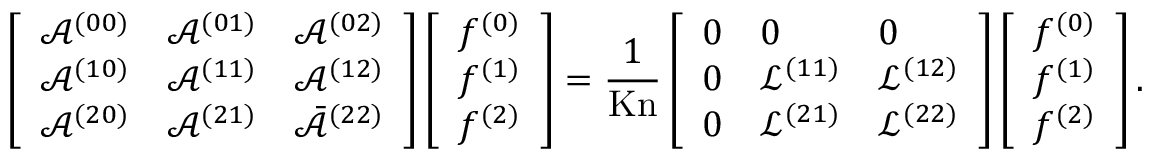
\left[ \begin{array} { l l l } { \mathcal { A } ^ { ( 0 0 ) } } & { \mathcal { A } ^ { ( 0 1 ) } } & { \mathcal { A } ^ { ( 0 2 ) } } \\ { \mathcal { A } ^ { ( 1 0 ) } } & { \mathcal { A } ^ { ( 1 1 ) } } & { \mathcal { A } ^ { ( 1 2 ) } } \\ { \mathcal { A } ^ { ( 2 0 ) } } & { \mathcal { A } ^ { ( 2 1 ) } } & { \bar { \mathcal { A } } ^ { ( 2 2 ) } } \end{array} \right] \left[ \begin{array} { l } { f ^ { ( 0 ) } } \\ { f ^ { ( 1 ) } } \\ { f ^ { ( 2 ) } } \end{array} \right] = \frac { 1 } { \mathrm { K n } } \left[ \begin{array} { l l l } { 0 } & { 0 } & { 0 } \\ { 0 } & { \mathcal { L } ^ { ( 1 1 ) } } & { \mathcal { L } ^ { ( 1 2 ) } } \\ { 0 } & { \mathcal { L } ^ { ( 2 1 ) } } & { \mathcal { L } ^ { ( 2 2 ) } } \end{array} \right] \left[ \begin{array} { l } { f ^ { ( 0 ) } } \\ { f ^ { ( 1 ) } } \\ { f ^ { ( 2 ) } } \end{array} \right] .